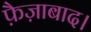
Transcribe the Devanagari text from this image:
फ़ैज़ाबाद।